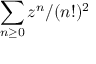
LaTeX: \sum _ { n \geq 0 } z ^ { n } / ( n ! ) ^ { 2 }